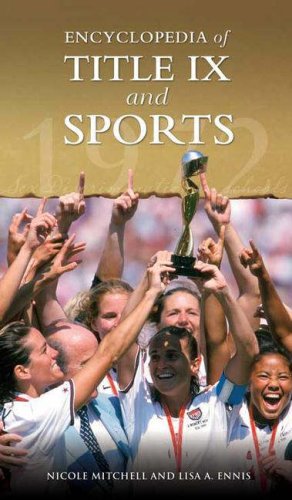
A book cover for Encyclopedia of Title IX and Sports; Nicole Mitchell; Sports & Outdoors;